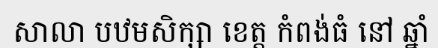
សាលា បឋមសិក្សា ខេត្ត កំពង់ធំ នៅ ឆ្នាំ